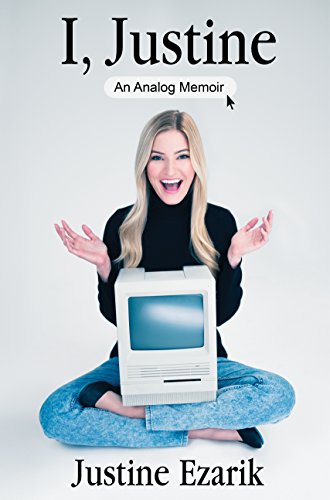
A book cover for I, Justine: An Analog Memoir; Justine Ezarik; Humor & Entertainment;